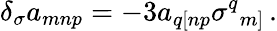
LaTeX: \delta_{\sigma}a_{mnp}=-3a_{q[np}\sigma^{q}{}_{m]}\, .